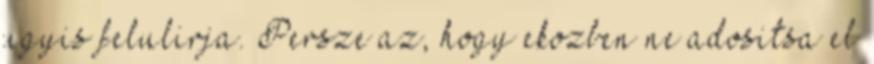
ugyis felulirja. Persze az, hogy ekozben ne adositsa el